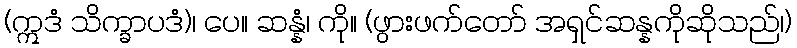
(ဣဒံ သိက္ခာပဒံ)၊ ပေ။ ဆန္နံ၊ ကို။ (ဖွားဖက်တော် အရှင်ဆန္နကိုဆိုသည်၊)